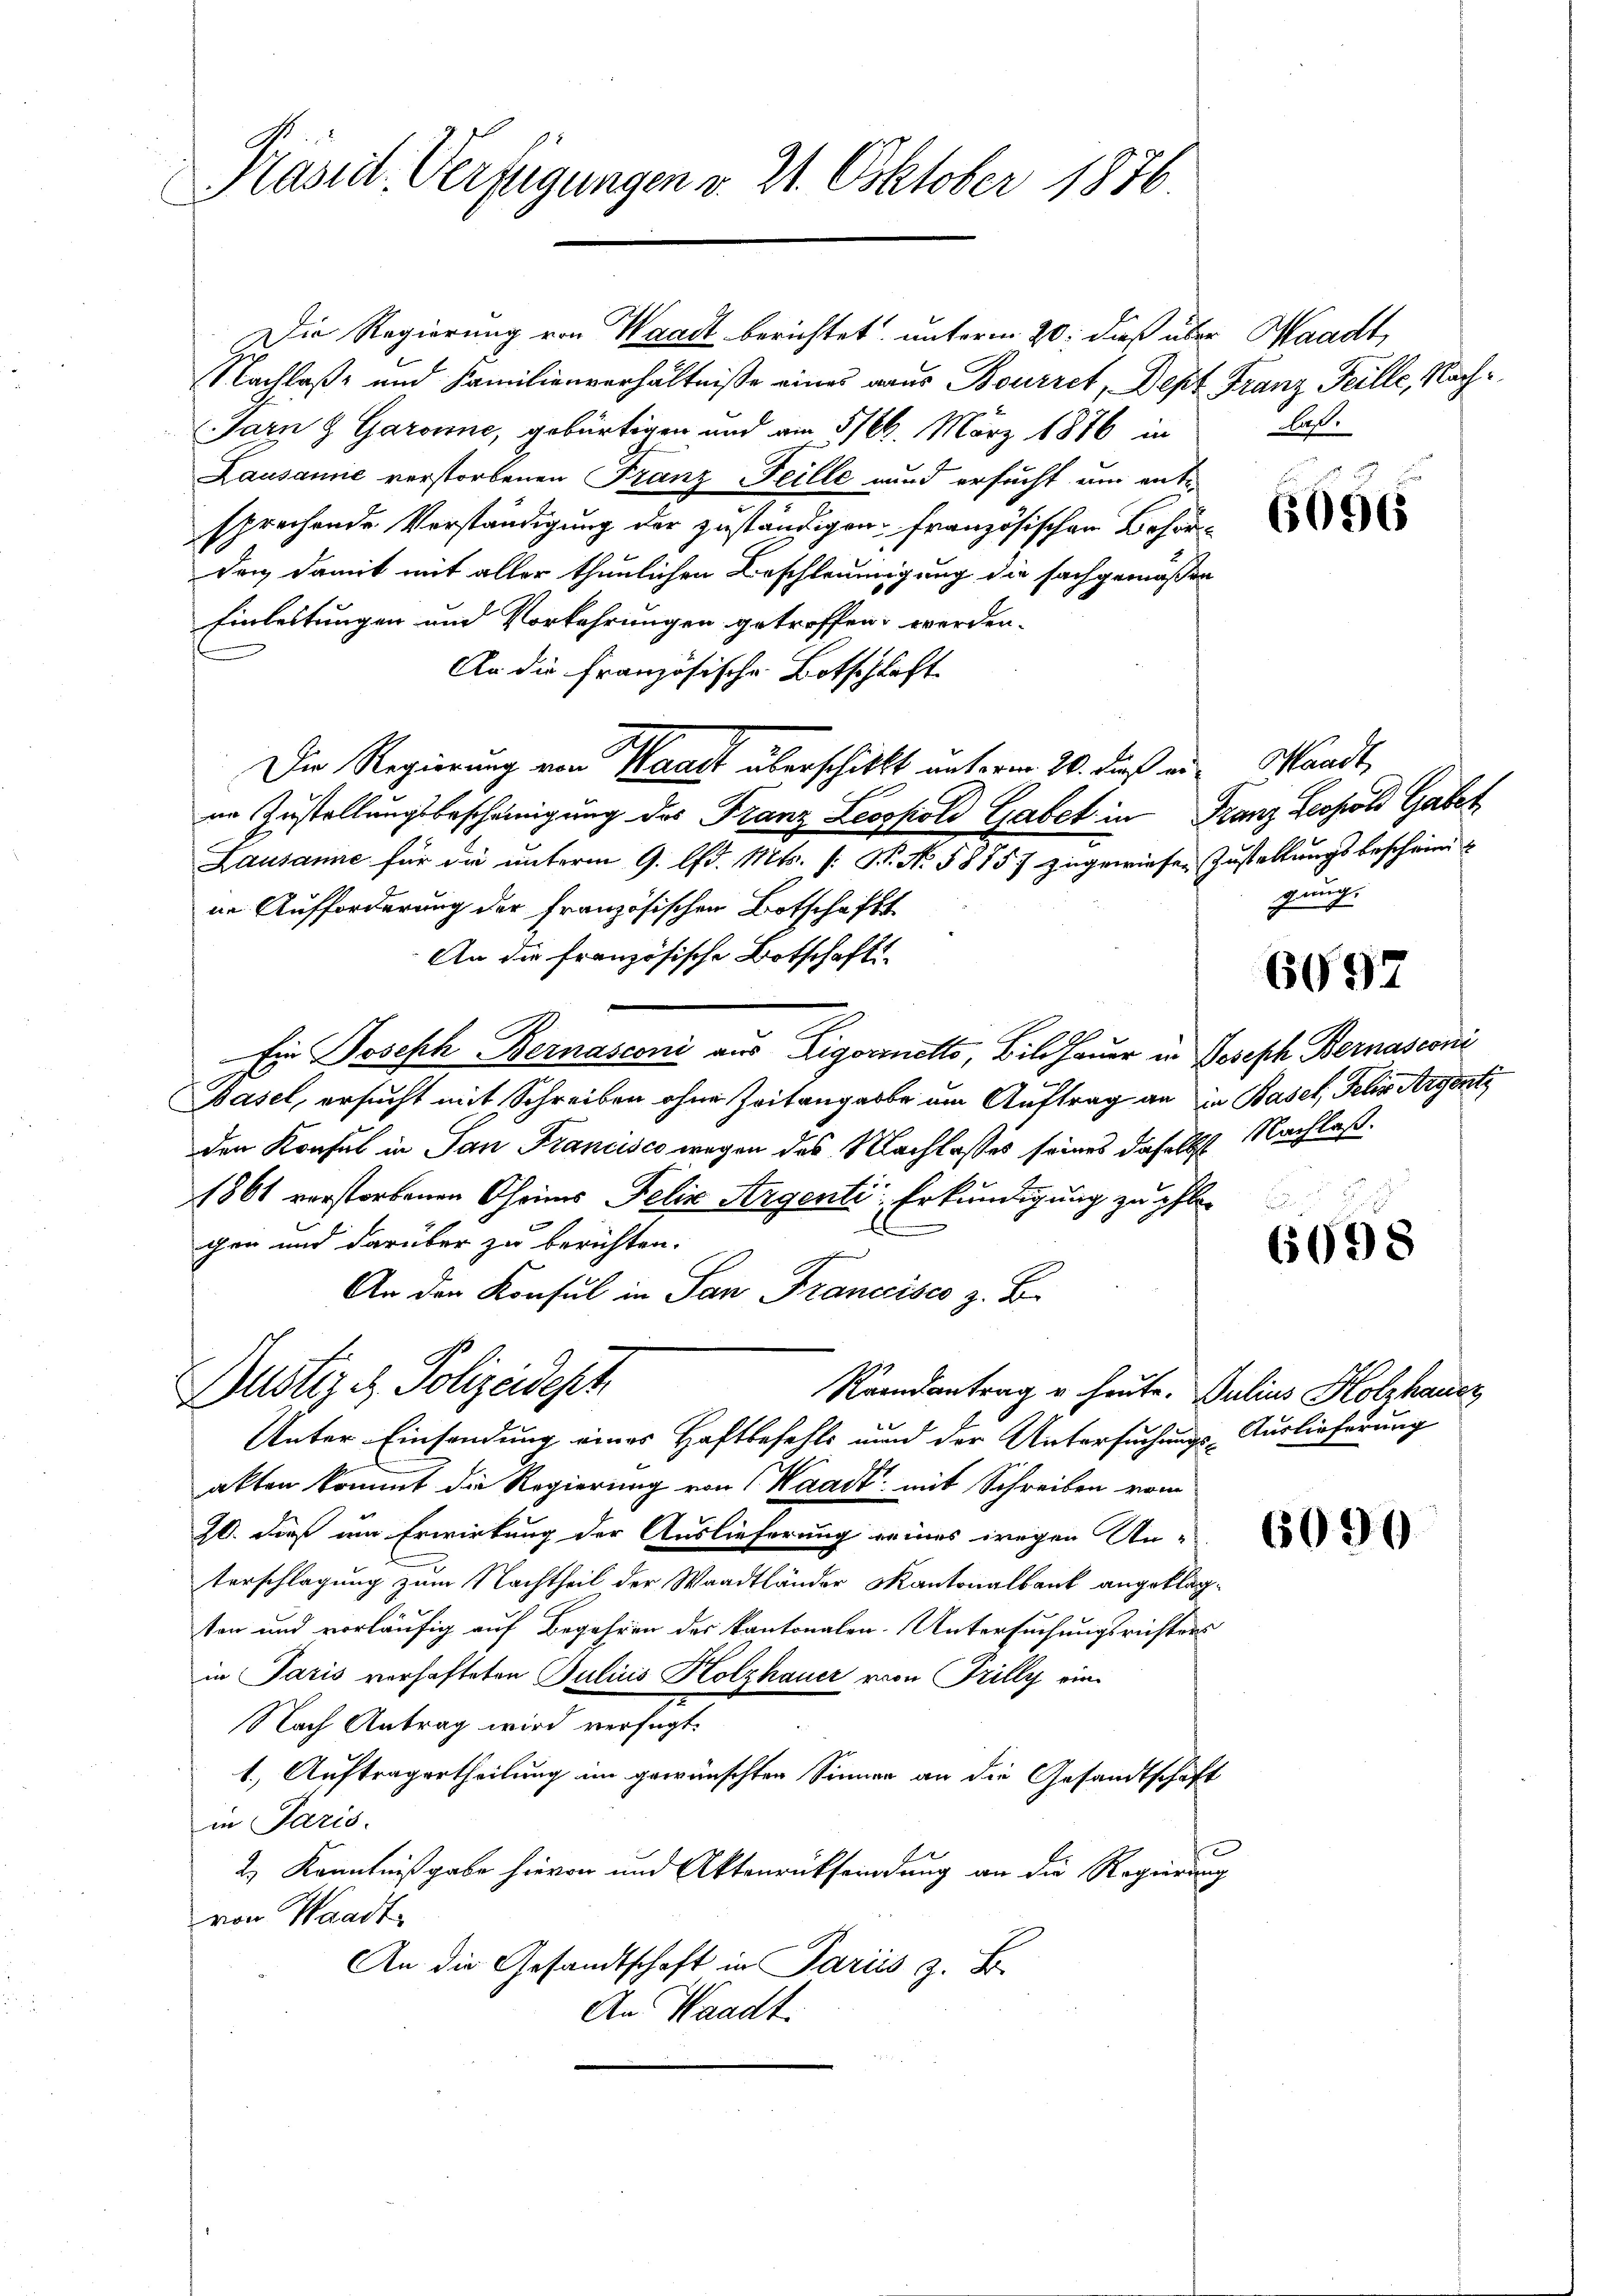
Käsiil-Verfügungen v. 21. Oktober 1876.

Die Regierung von Waadt berichtet unterm 20. dieß über Waadt,
Nachlaß und Familienverhältniße eines aus Bourret, Dept Franz Feille, Nach¬
Jarn & Garonne, gebürtigen und am 5/84. März 1876 in
Lausamie verstorbenen Franz Feille und ersucht um ente
sprechende Verständigung der zuständigen französischen Behörden damit mit aller thunlichen Beschleunigung die sachgemäßen
Einleitungen und Vorkehrungen getroffen werden.
An die Französische Botschlaft
Die Regierung von Waadt überschickt unterm 20. dieß an Mandt,
ne Zustellungsbescheinigung des Franz Leopold Gabet in Franz Leopold Gabet
b
Lausanne für die unterm 9. Ad. Mts. (: St. No. 58757 zugewiesen Zustellungsbescheini
in Aufforderung der französischen Botschafft
An die französische Botschafts-
Ein Joseph Bernasconi aus Zigarretto, Bildhauer in Joseph Bernasconi
Basel, ersucht mit Schreiben ohne Zeitangabe um Auftrag an in Basel, Jehr Argenti
den Konsul in San Francisco wegen des Nachlasses seines daselbst Nachlaß¬
1861 verstorbenen Chrimes Felix Argenti Erkundigung zu ihlegen und darüber zu berichten.
An den Konsul in San Francisco z. B.
Justiz & Polizeidept
Raandantrag u. heute. Julius Holzhauer
Unter Einsendung eines Haftbefehls und der Untersuchungs-Auslieferung
akten kommt die Regierung von (Waadt mit Schreiben vom
20. dieß um Erwirkung der Auslieferung seines wegen Un-
terschlagung zum Nachtheil der Waadtländer Kantonalbank angeklagton und vorläufig auf Begehren des kantonalen Untersuchungsrichters
in Paris verhafteten Julius Holzhauer von Frilly eine
Nach Antrag wird verfügt:
1.) Auftragertheilung im gewünschten Sinner an die Gesandtschaft
in Paris.
2.) Kenntnißgabe hievon und Aktenrücksendung an die Regierung
von Waadt
An die Gesandtschaft in Paris z. B.
An Waadt.

daß.

l
a

6096

genug,

6697

6098

6090